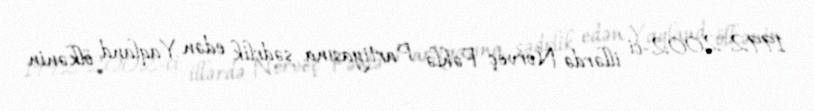
1992-2002-ci illərdə Norveç Fəhlə Partiyasına sədrlik edən Yaqland ölkənin